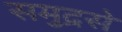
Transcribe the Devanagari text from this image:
समुद्रसे